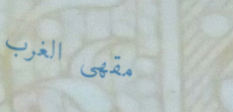
مقهى الغرب